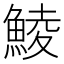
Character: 鯪